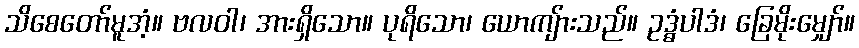
သိစေတော်မူအံ့။ ဗလဝါ၊ အားရှိသော။ ပုရိသော၊ ယောကျ်ားသည်။ ဥဒ္ဓံပါဒံ၊ ခြေမိုးမျှော်။